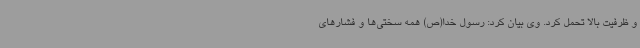
و ظرفیت بالا تحمل کرد. وی بیان کرد: رسول خدا(ص) همه سختی‌ها و فشارهای